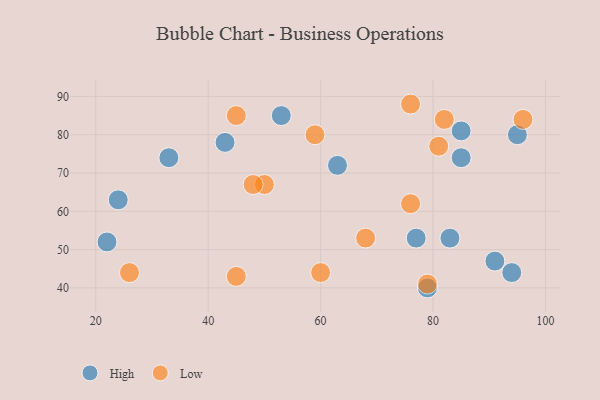
{"axis": {"x": "GDP", "y": "Life Expectancy"}, "legend": ["High", "Low"], "data": [{"x": "77", "y": 53, "type": "High"}, {"x": "43", "y": 78, "type": "High"}, {"x": "79", "y": 40, "type": "High"}, {"x": "94", "y": 44, "type": "High"}, {"x": "83", "y": 53, "type": "High"}, {"x": "91", "y": 47, "type": "High"}, {"x": "63", "y": 72, "type": "High"}, {"x": "85", "y": 81, "type": "High"}, {"x": "22", "y": 52, "type": "High"}, {"x": "85", "y": 74, "type": "High"}, {"x": "33", "y": 74, "type": "High"}, {"x": "53", "y": 85, "type": "High"}, {"x": "24", "y": 63, "type": "High"}, {"x": "95", "y": 80, "type": "High"}, {"x": "79", "y": 41, "type": "Low"}, {"x": "26", "y": 44, "type": "Low"}, {"x": "76", "y": 88, "type": "Low"}, {"x": "45", "y": 43, "type": "Low"}, {"x": "96", "y": 84, "type": "Low"}, {"x": "68", "y": 53, "type": "Low"}, {"x": "60", "y": 44, "type": "Low"}, {"x": "81", "y": 77, "type": "Low"}, {"x": "76", "y": 62, "type": "Low"}, {"x": "50", "y": 67, "type": "Low"}, {"x": "82", "y": 84, "type": "Low"}, {"x": "48", "y": 67, "type": "Low"}, {"x": "59", "y": 80, "type": "Low"}, {"x": "45", "y": 85, "type": "Low"}]}